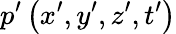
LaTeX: p^{\prime}\left(x^{\prime},y^{\prime},z^{\prime},t^{\prime}\right)